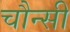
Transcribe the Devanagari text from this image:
चौन्सी